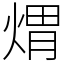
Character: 煟